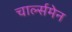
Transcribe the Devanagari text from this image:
चार्ल्समेन